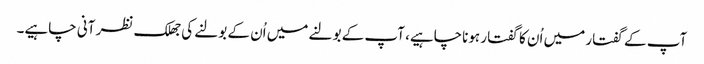
آپ کے گفتار میں اُن کا گفتار ہوناچاہیے، آپ کے بولنے میں اُن کے بولنے کی جھلک نظر آنی چاہیے۔